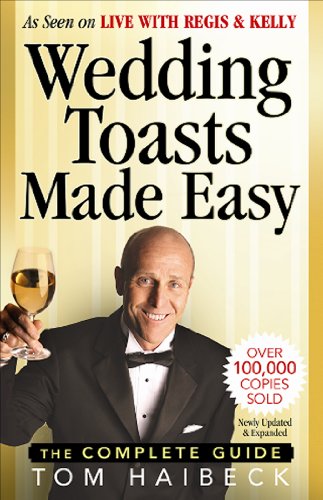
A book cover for Wedding Toasts Made Easy!: The Complete Guide; Tom Haibeck; Crafts, Hobbies & Home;